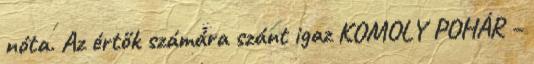
nóta. Az értők számára szánt igaz KOMOLY POHÁR –